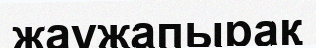
жаужапырақ